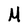
Character: M